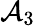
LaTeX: \mathcal{A}_{3}